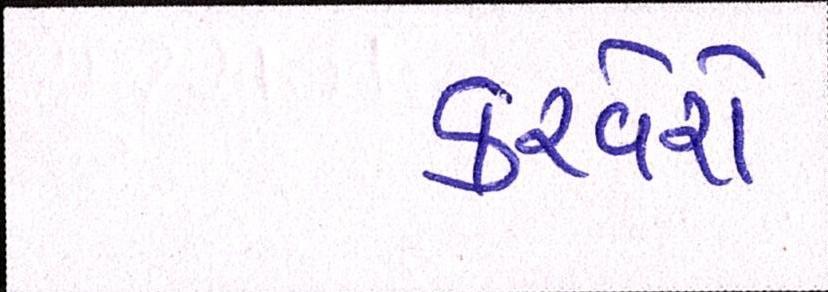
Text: કરવેરો